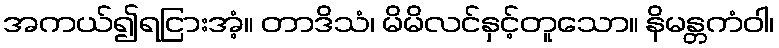
အကယ်၍ရငြားအံ့။ တာဒိသံ၊ မိမိလင်နှင့်တူသော။ နိမန္တကံဝါ၊